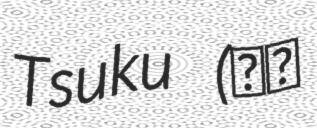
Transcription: Tsuku (平群